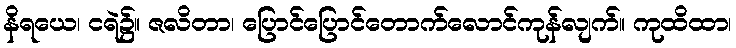
နိရယေ၊ ငရဲ၌။ ဇလိတာ၊ ပြောင်ပြောင်တောက်လောင်ကုန်လျက်။ ကုထိထာ၊